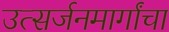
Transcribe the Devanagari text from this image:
उत्सर्जनमार्गांचा